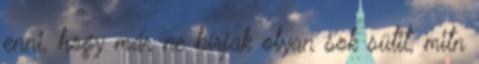
enni, hogy már ne bírjak olyan sok sütit, mitn